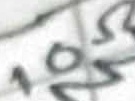
Text: 10Ω